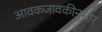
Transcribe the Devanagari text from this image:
आवकजावकीनुसार